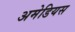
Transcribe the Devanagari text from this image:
अमेडियस